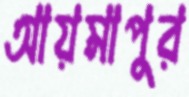
আয়মাপুর